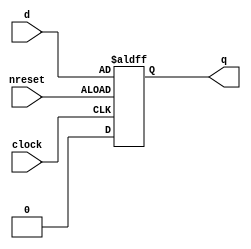
module DFlipFlop(
    output q,
    input clock,
    input nreset,
    input d
    );
    
    reg q;
    
    always @(posedge clock or posedge nreset)
    begin
        if (nreset == 1)
            q = d;
        else
            q = 0;
    end
endmodule